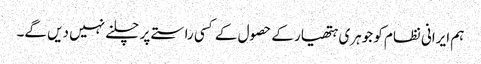
ہم ایرانی نظام کو جوہری ہتھیار کے حصول کے کسی راستے پر چلنے نہیں دیں گے۔